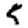
Digit: 5